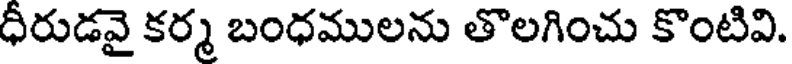
ధీరుడవై కర్మ బంధములను తొలగించు కొంటివి.